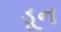
ડૂન